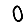
Digit: 0